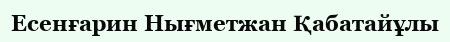
Есенғарин Нығметжан Қабатайұлы